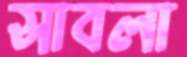
সাবলা